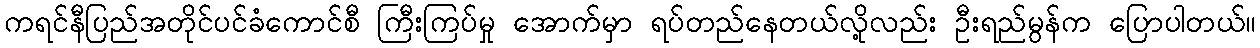
ကရင်နီပြည်အတိုင်ပင်ခံကောင်စီ ကြီးကြပ်မှု အောက်မှာ ရပ်တည်နေတယ်လို့လည်း ဦးရည်မွန်က ပြောပါတယ်။